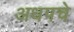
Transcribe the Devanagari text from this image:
अधपचे